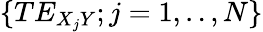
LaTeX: \{ TE_{X_{j}Y};j=1,..,N\}